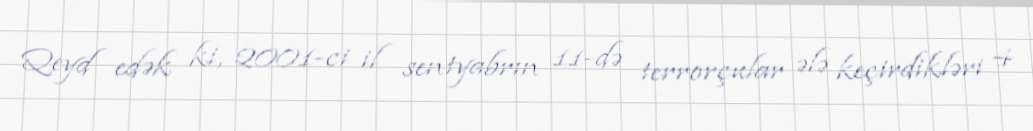
Qeyd edək ki, 2001-ci il sentyabrın 11-də terrorçular ələ keçirdikləri 4